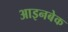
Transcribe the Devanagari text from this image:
आइनबेक